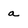
Character: a